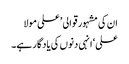
ان کی مشہور قوالی ’علی مولا
علی‘ انہی دنوں کی یادگار ہے۔